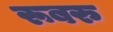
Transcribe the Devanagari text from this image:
रूबरु